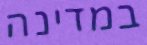
במדינה